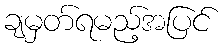
ချမှတ်ရမည့်အပြင်